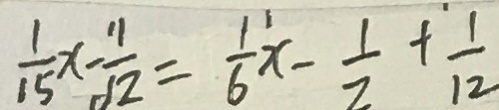
\frac { 1 } { 1 5 } x - \frac { 1 1 } { 1 2 } = \frac { 1 } { 6 } x - \frac { 1 } { 2 } + \frac { 1 } { 1 2 }